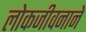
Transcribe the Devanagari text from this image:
लोकजीवनाने